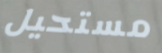
مستحيل